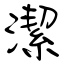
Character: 潔